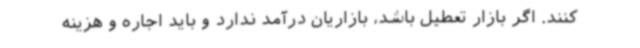
کنند. اگر بازار تعطیل باشد، بازاریان درآمد ندارد و باید اجاره و هزینه